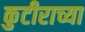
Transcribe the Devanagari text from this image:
कुटीराच्या